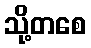
သို့တစေ